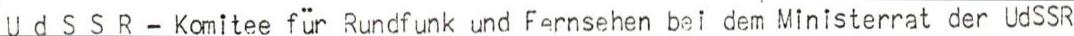
U d S S R - Komitee für Rundfunk und Fernsehen bei dem Ministerrat der UdSSR